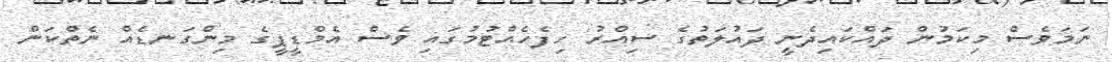
ނަމަވެސް މިކަމުން ދައްކައިދެނީ ދައުލަތުގެ ސިއްރު ހިފެހެއްޓުމުގައި ވެސް އެމްޑީޕީގެ މިންގަނޑެއް ނެތްކަން